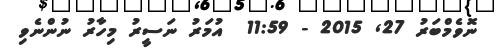
ނޮވެމްބަރު 27